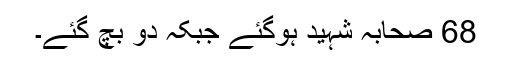
68 صحابہؓ شہید ہوگئے جبکہ دو بچ گئے۔